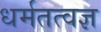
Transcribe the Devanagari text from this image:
धर्मतत्वज्ञ